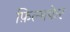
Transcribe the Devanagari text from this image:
फ़िल्मफेर